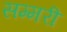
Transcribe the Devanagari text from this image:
सम्मरी